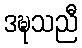
ဒဍ္ဎသညီ